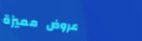
عروض مميزة